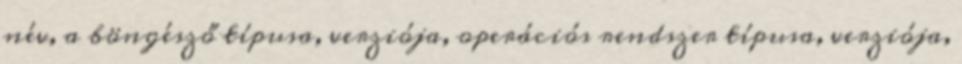
név, a böngésző típusa, verziója, operációs rendszer típusa, verziója,